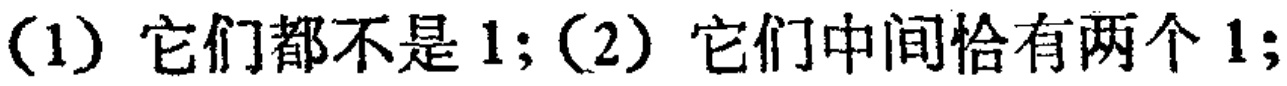
(1) 它们都不是 1; (2) 它们中间恰有两个 1;